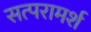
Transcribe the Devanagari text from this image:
सत्परामर्श